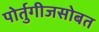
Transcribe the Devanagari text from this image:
पोर्तुगीजसोबत